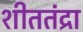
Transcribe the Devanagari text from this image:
शीततंद्रा